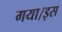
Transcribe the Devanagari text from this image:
गया।इस